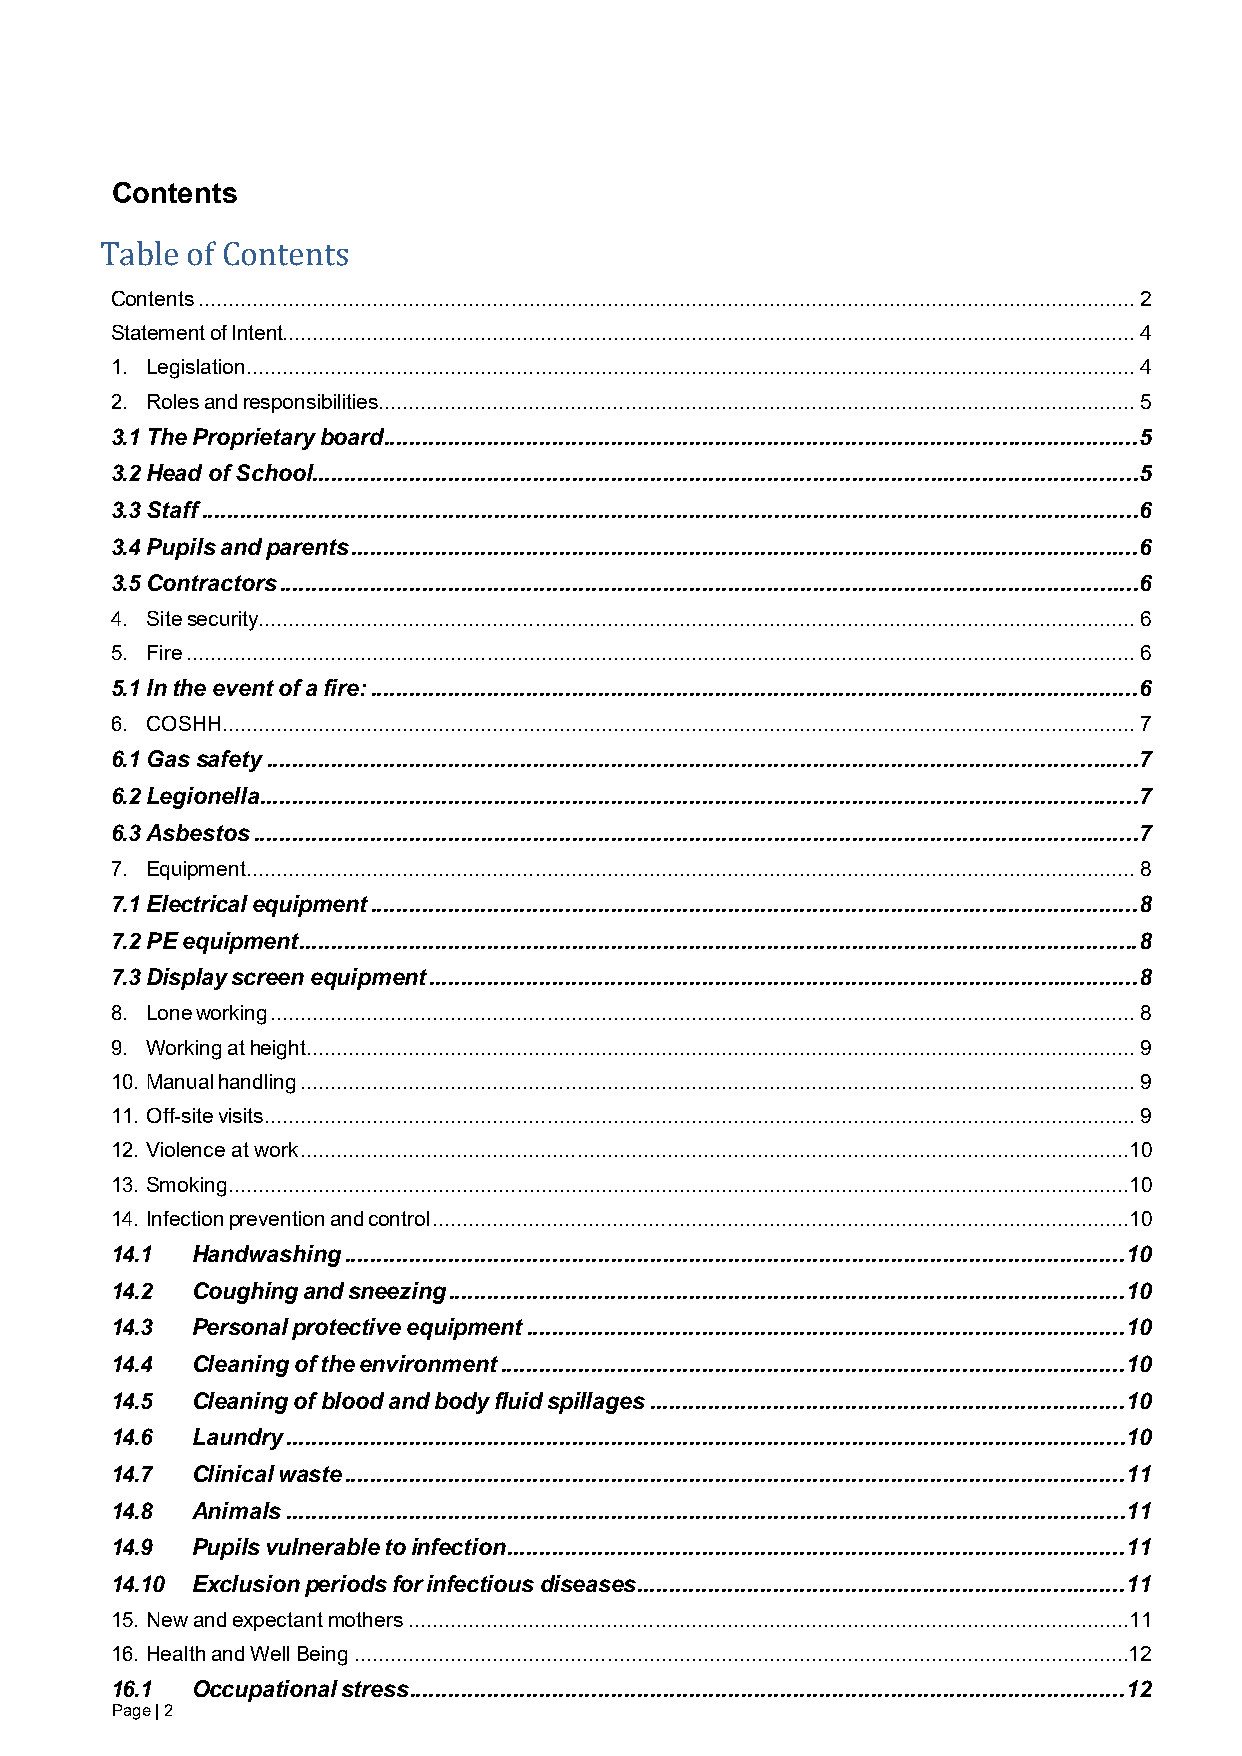
Contents
 Contents ............................................................................................................................................................ 2
 Table of Contents
 Statement of Intent.............................................................................................................................................. 4
 1. Legislation .................................................................................................................................................... 4
 2. Roles and responsibilities .............................................................................................................................. 5
 3.1 The Proprietary board ....................................................................................................................5
 3.2 Head of School ...............................................................................................................................5
 3.3 Staff ................................................................................................................................................6
 3.4 Pupils and parents .........................................................................................................................6
 3.5 Contractors ....................................................................................................................................6
 4. Site security.................................................................................................................................................. 6
 5. Fire .............................................................................................................................................................. 6
 5.1 In the event of a fire: ......................................................................................................................6
 6. COSHH ........................................................................................................................................................ 7
 6.1 Gas safety ......................................................................................................................................7
 6.2 Legionella .......................................................................................................................................7
 6.3 Asbestos ........................................................................................................................................7
 7. Equipment .................................................................................................................................................... 8
 7.1 Electrical equipment ......................................................................................................................8
 7.2 PE equipment ................................................................................................................................. 8
 7.3 Display screen equipment ............................................................................................................. 8
 8. Lone working ................................................................................................................................................ 8
 9. Working at height .......................................................................................................................................... 9
 10. Manual handling ........................................................................................................................................... 9
 11. Off-site visits ................................................................................................................................................. 9
 12. Violence at work ..........................................................................................................................................10
 13. Smoking ......................................................................................................................................................10
 14. Infection prevention and control ....................................................................................................................10
 14.1  Handwashing ........................................................................................................................ 10
 14.2  Coughing and sneezing ........................................................................................................ 10
 14.3  Personal protective equipment ............................................................................................ 10
 14.4  Cleaning of the environment ................................................................................................ 10
 14.5  Cleaning of blood and body fluid spillages ......................................................................... 10
 14.6  Laundry ................................................................................................................................. 10
 14.7  Clinical waste ........................................................................................................................ 11
 14.8  Animals ................................................................................................................................. 11
 14.9  Pupils vulnerable to infection ............................................................................................... 11
 14.10 Exclusion periods for infectious diseases ........................................................................... 11
 15. New and expectant mothers ........................................................................................................................11
 16. Health and Well Being .................................................................................................................................12
 16.1  Occupational stress .............................................................................................................. 12
 Page | 2